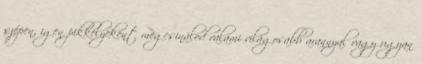
szépen, igen pikkelyeként megcsinálod valami világosabb arannyal vagy ugyan